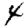
Digit: 4